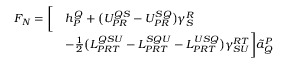
\begin{array} { r l } { F _ { N } = \bigg [ } & { h _ { P } ^ { Q } + \big ( U _ { P R } ^ { Q S } - U _ { P R } ^ { S Q } \big ) \gamma _ { S } ^ { R } } \\ & { - \frac { 1 } { 2 } \big ( L _ { P R T } ^ { Q S U } - L _ { P R T } ^ { S Q U } - L _ { P R T } ^ { U S Q } \big ) \gamma _ { S U } ^ { R T } \bigg ] \tilde { a } _ { Q } ^ { P } } \end{array}